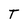
Character: T